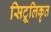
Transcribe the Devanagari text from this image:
सिट्रूलिकृत